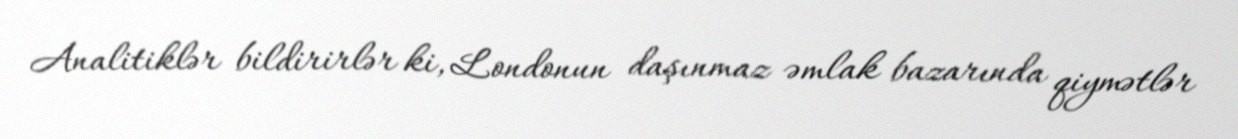
Analitiklər bildirirlər ki, Londonun daşınmaz əmlak bazarında qiymətlər